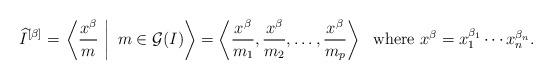
LaTeX: \begin{align*}\widehat{I}^{[\beta]} = \left.\left\langle \frac{x^{\beta}}{m} ~\right|~ m\in \mathcal{G}(I)\right\rangle = \left\langle \frac{x^{\beta}}{m_1}, \frac{x^{\beta}}{m_2}, \ldots, \frac{x^{\beta}}{m_p} \right\rangle~~\mbox{where $x^\beta = x_1^{\beta_1}\cdots x_n^{\beta_n}$.}\end{align*}